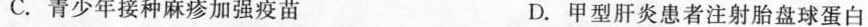
C.青少年接种麻疹加强疫苗 D.甲型肝炎患者注射胎盘球蛋白